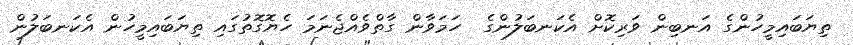
ތިޔަބައިމީހުންގެ އަނބިން ވަރިކޮށް އެކަނބަލުންގެ  ހަމަވާން ގާތްވެއްޖެނަމަ ހެޔޮގޮތުގައި ތިޔަބައިމީހުން އެކަނބަލުން